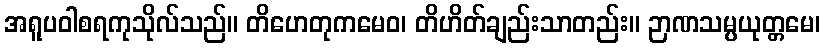
အရူပဝါစရကုသိုလ်သည်။ တိဟေတုကမေဝ၊ တိဟိတ်ချည်းသာတည်း။ ဉာဏသမ္ပယုတ္တမေ၊